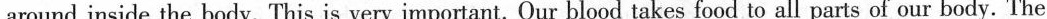
around inside the body. This is very important. Our blood takes food to all parts of our body. The